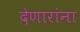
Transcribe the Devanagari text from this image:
देणारांना